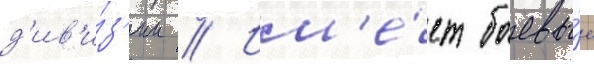
д'ив'и́з'ии // Им'е́ет боевы́е